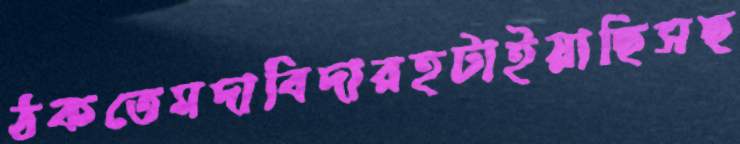
ঠকতেমদাবিদারহটাইয়াছিসছ